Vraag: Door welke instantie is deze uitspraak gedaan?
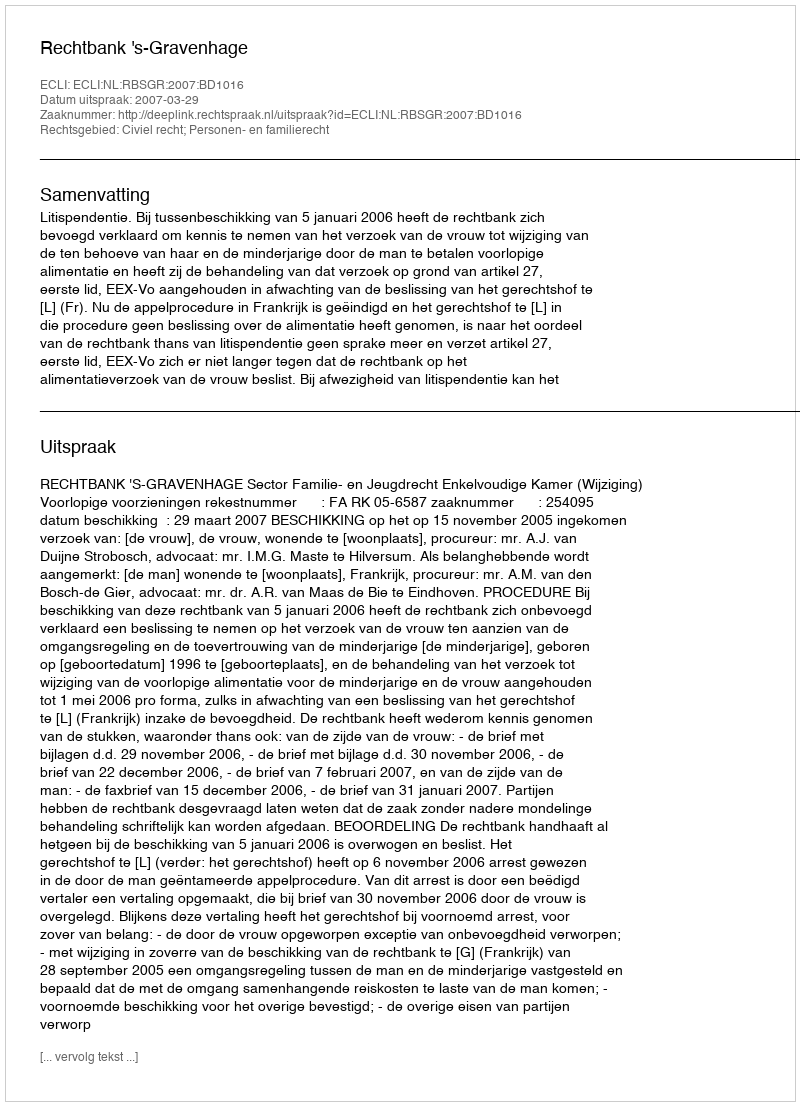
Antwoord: Rechtbank 's-Gravenhage